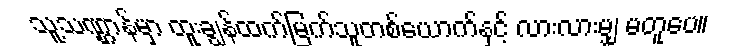
သူ့သဏ္ဌာန်မှာ ထူးချွန်ထက်မြက်သူတစ်ယောက်နှင့် လားလားမျှ မတူပေ။